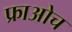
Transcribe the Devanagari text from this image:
फ्राओच